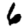
Digit: 6